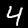
Digit: 4